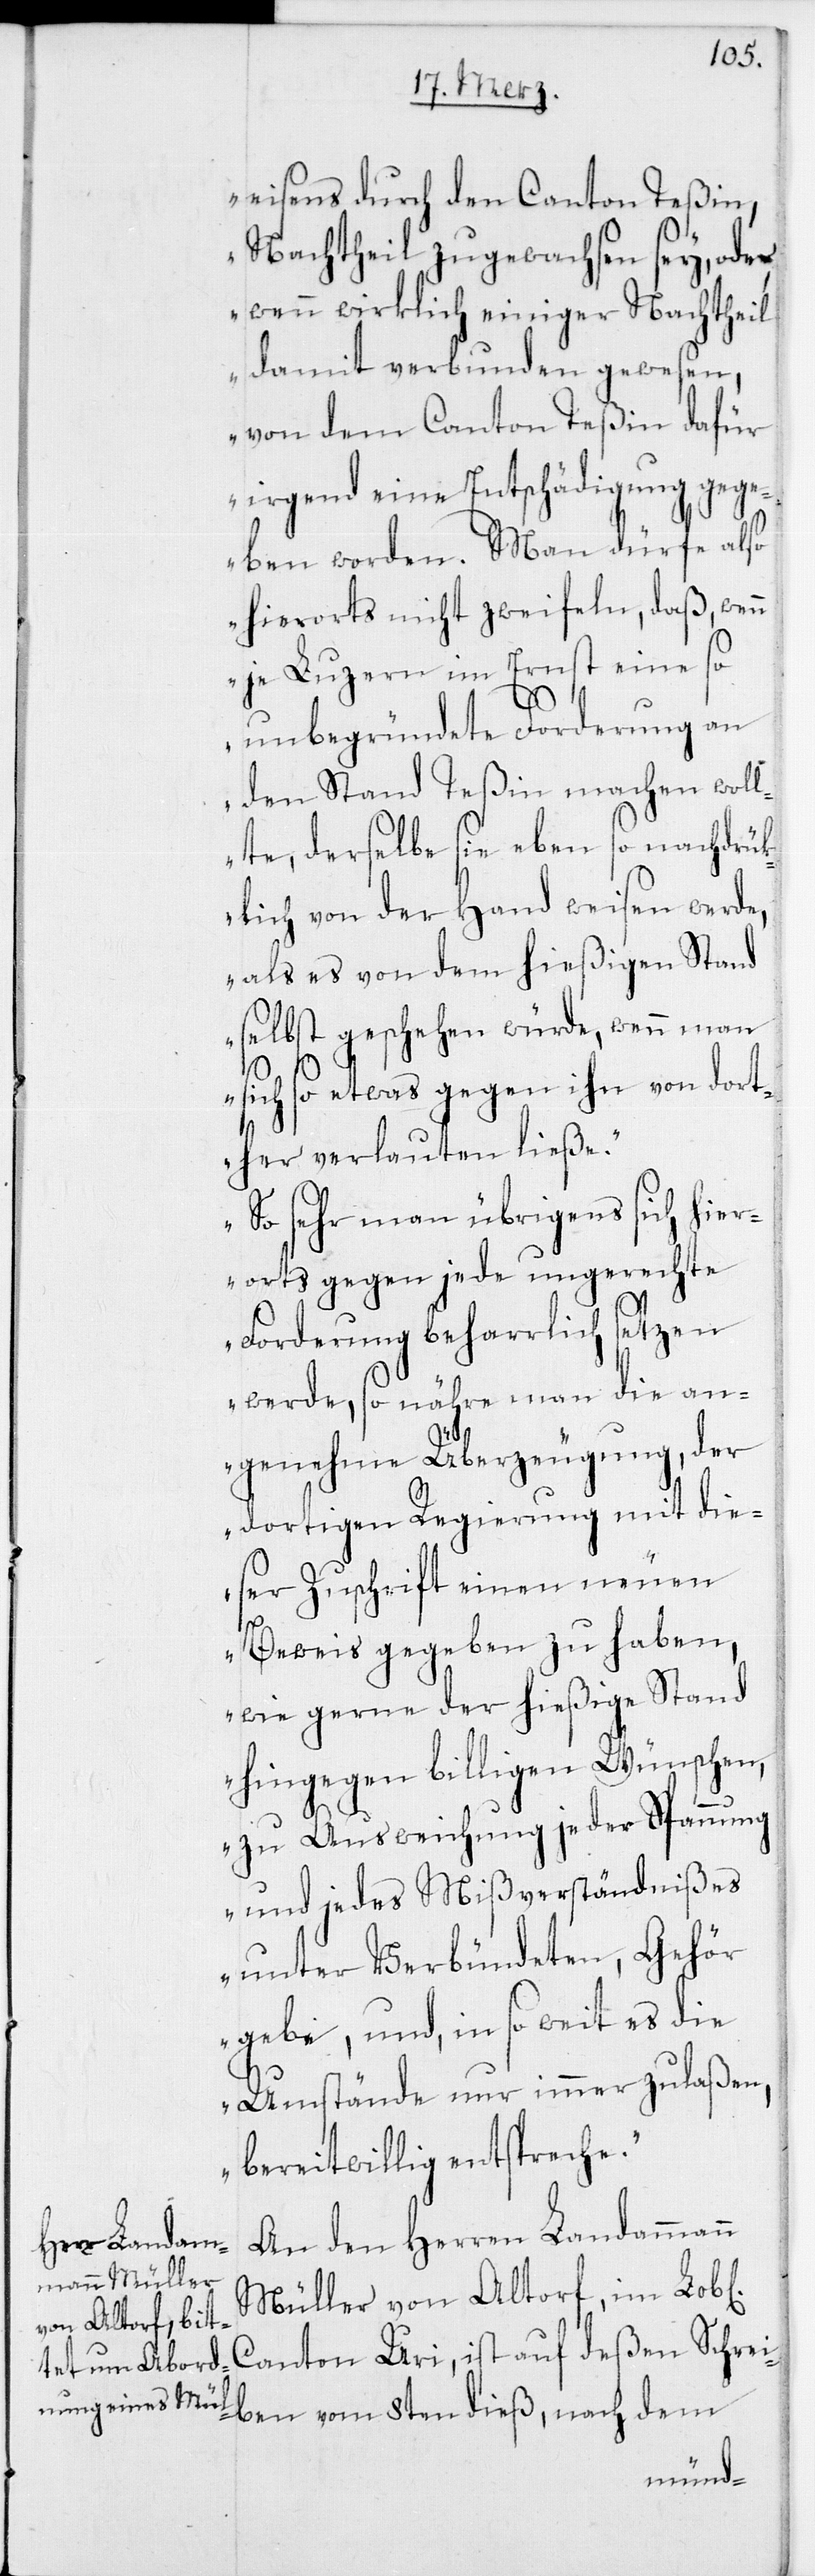
eisens durch den Canton Teßin,
Nachtheil zugewachsen sey, oder,
wenn wirklich einiger Nachtheil
damit verbunden gewesen,
von dem Canton Teßin dafür
irgend eine Entschädigung gege¬
ben worden. Man dürfe also
hierorts nicht zweifeln, daß, wen¬
n je Luzern im Ernst eine so
unbegründete Forderung an
den Stand Teßin machen woll¬
te, derselbe sie eben so nachdrük¬
lich von der Hand weisen werde,
als es von dem hießigen Stand
selbst geschehen würde, wenn man
en]
sich so etwas gegen ihn von dort¬
her verlauten ließe.
So sehr man übrigens sich hier¬
orts gegen jede ungerechte
Forderung beharrlich setzen
werde, so nähre man die an¬
genehme Überzeugung, der
dortigen Regierung mit die¬
ser Zuschrift einen neuen
Beweis gegeben zu haben,
wie gerne der hießige Stand
hingegen billigen Wünschen,
zu Ausweichung jeder Spannung
und jedes Mißverständnißes
unter Verbündeten, Gehör
gebe, und, in so weit es die
Umstände nur immer zulaßen,
bereitwillig entspreche.“
An den Herren Landammann
Müller von Altdorf, im Lob[l¬
Canton Uri, ist auf deßen Schrei¬
ben vom 8ten dieß, nach dem